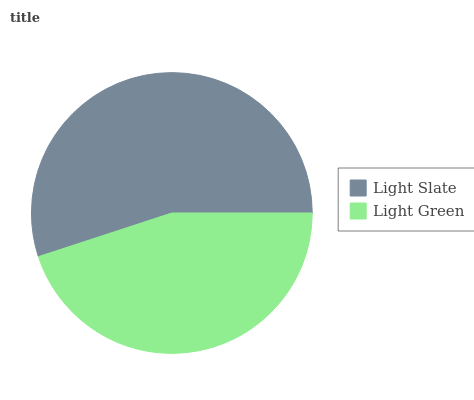
| Light Slate | Light Green |
 | --- | --- |
 | 55% | 45% |